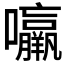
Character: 𱕰